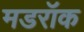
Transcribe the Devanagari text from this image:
मडरॉक